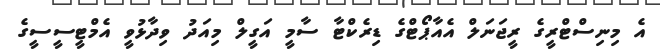
އެ މިނިސްޓްރީގެ ރީޖަނަލް އެއާޕޯޓްގެ ޑިރެކްޓާ ސާމީ އަގީލް މިއަދު ވިދާޅުވީ އެމްޓީސީސީގެ